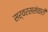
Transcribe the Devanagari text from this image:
सर्वरससंचारी